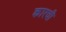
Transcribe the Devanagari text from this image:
कारची